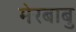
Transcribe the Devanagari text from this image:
मेरबाबु